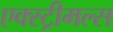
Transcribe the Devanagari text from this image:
एक्स्ट्रीमल्स